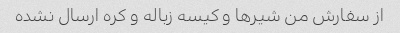
از سفارش من شیرها و کیسه زباله و کره ارسال نشده